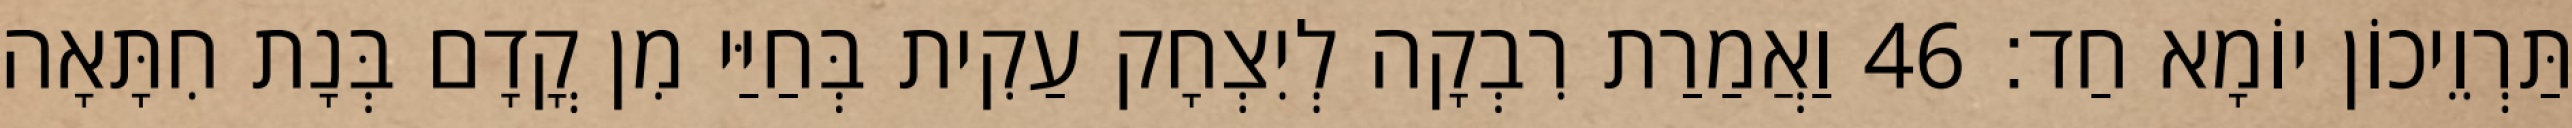
תַּרְוֵיכוֹן יוֹמָא חַד׃ 46 וַאֲמַרַת רִבְקָה לְיִצְחָק עַקִית בְּחַיַּי מִן קֳדָם בְּנָת חִתָּאָה